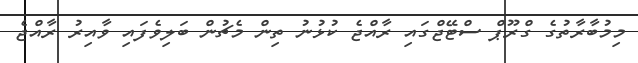
މިމުބާރާތުގެ ގްރޫޕް ސްޓޭޖްގައި ރާއްޖެ ކުޅުނު ތިން މެޗުން ބަލިވެފައި ވާއިރު ރާއްޖެ